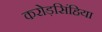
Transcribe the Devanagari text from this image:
करोड़सिंहिया